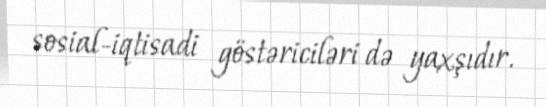
sosial-iqtisadi göstəriciləri də yaxşıdır.